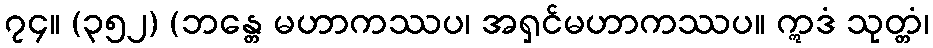
၇၄။ (၃၅၂) (ဘန္တေ မဟာကဿပ၊ အရှင်မဟာကဿပ။ ဣဒံ သုတ္တံ၊